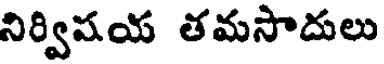
నిర్విషయ తమసాదులు